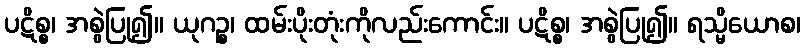
ပဋိစ္စ၊ အစွဲပြု၍။ ယုဂဉ္စ၊ ထမ်းပိုးတုံးကိုလည်းကောင်း။ ပဋိစ္စ၊ အစွဲပြု၍။ ရသ္မိယောစ၊